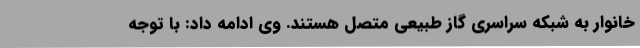
خانوار به شبکه سراسری گاز طبیعی متصل هستند. وی ادامه داد: با توجه